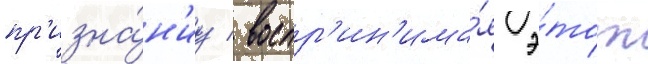
пр'изна́н'иу / воспр'ин'има́я э́тот